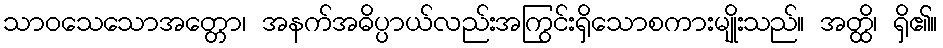
သာဝသေသောအတ္တော၊ အနက်အဓိပ္ပာယ်လည်းအကြွင်းရှိသောစကားမျိုးသည်။ အတ္ထိ၊ ရှိ၏။